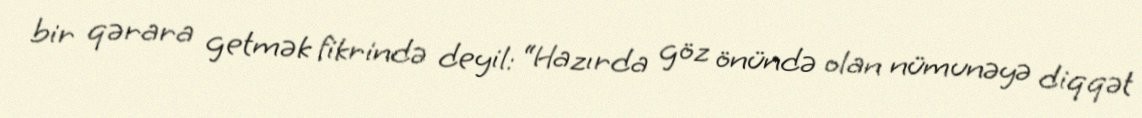
bir qərara getmək fikrində deyil: “Hazırda göz önündə olan nümunəyə diqqət